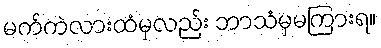
မက်ကဲလားထံမှလည်း ဘာသံမှမကြားရ။